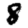
Digit: 8